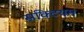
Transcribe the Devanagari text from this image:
सक्टियम